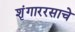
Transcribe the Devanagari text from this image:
शृंगाररसाचे